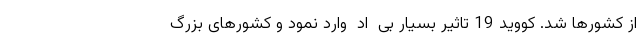
از کشورها شد. کووید 19 تاثیر بسیار بی  اد  وارد نمود و کشورهای بزرگ